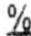
%